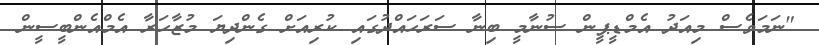
"ނަމަވެސް މިއަދު އެމްޑީޕީން ސުނާމީ ބިނާ ސަރަހައްދުގައި ކުރިއަށް ގެންދިޔަ މުޒާހަރާ އެމްއެންބީސީން